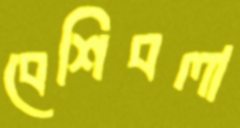
বেশিবলা